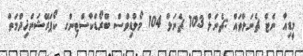
މީޑިއާ ނެޓް ޗެނަލްތައް :ޗެނަލް 103 ޗެނަލް 104 މޯލްޑިވްސް ބްރޯޑްކާސްޓިންގ ކޯޕަރޭޝަންޚިދްމަތް